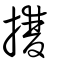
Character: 㩳